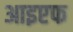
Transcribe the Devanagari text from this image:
आइएफ